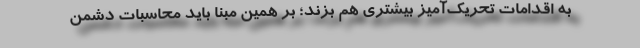
به اقدامات تحریک‌آمیز بیشتری هم بزند؛ بر همین مبنا باید محاسبات دشمن